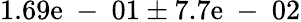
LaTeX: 1.69\mathrm{e}\mathrm{{~-~}}01\pm7.7\mathrm{e}\mathrm{{~-~}}02